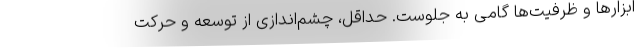
ابزارها و ظرفیت‌ها گامی به جلوست. حداقل، چشم‌اندازی از توسعه و حرکت